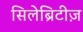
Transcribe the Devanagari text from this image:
सिलेब्रिटीज़